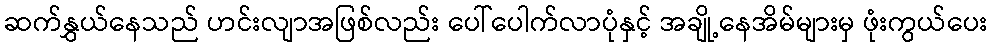
ဆက်နွှယ်နေသည် ဟင်းလျာအဖြစ်လည်း ပေါ်ပေါက်လာပုံနှင့် အချို့နေအိမ်များမှ ဖုံးကွယ်ပေး